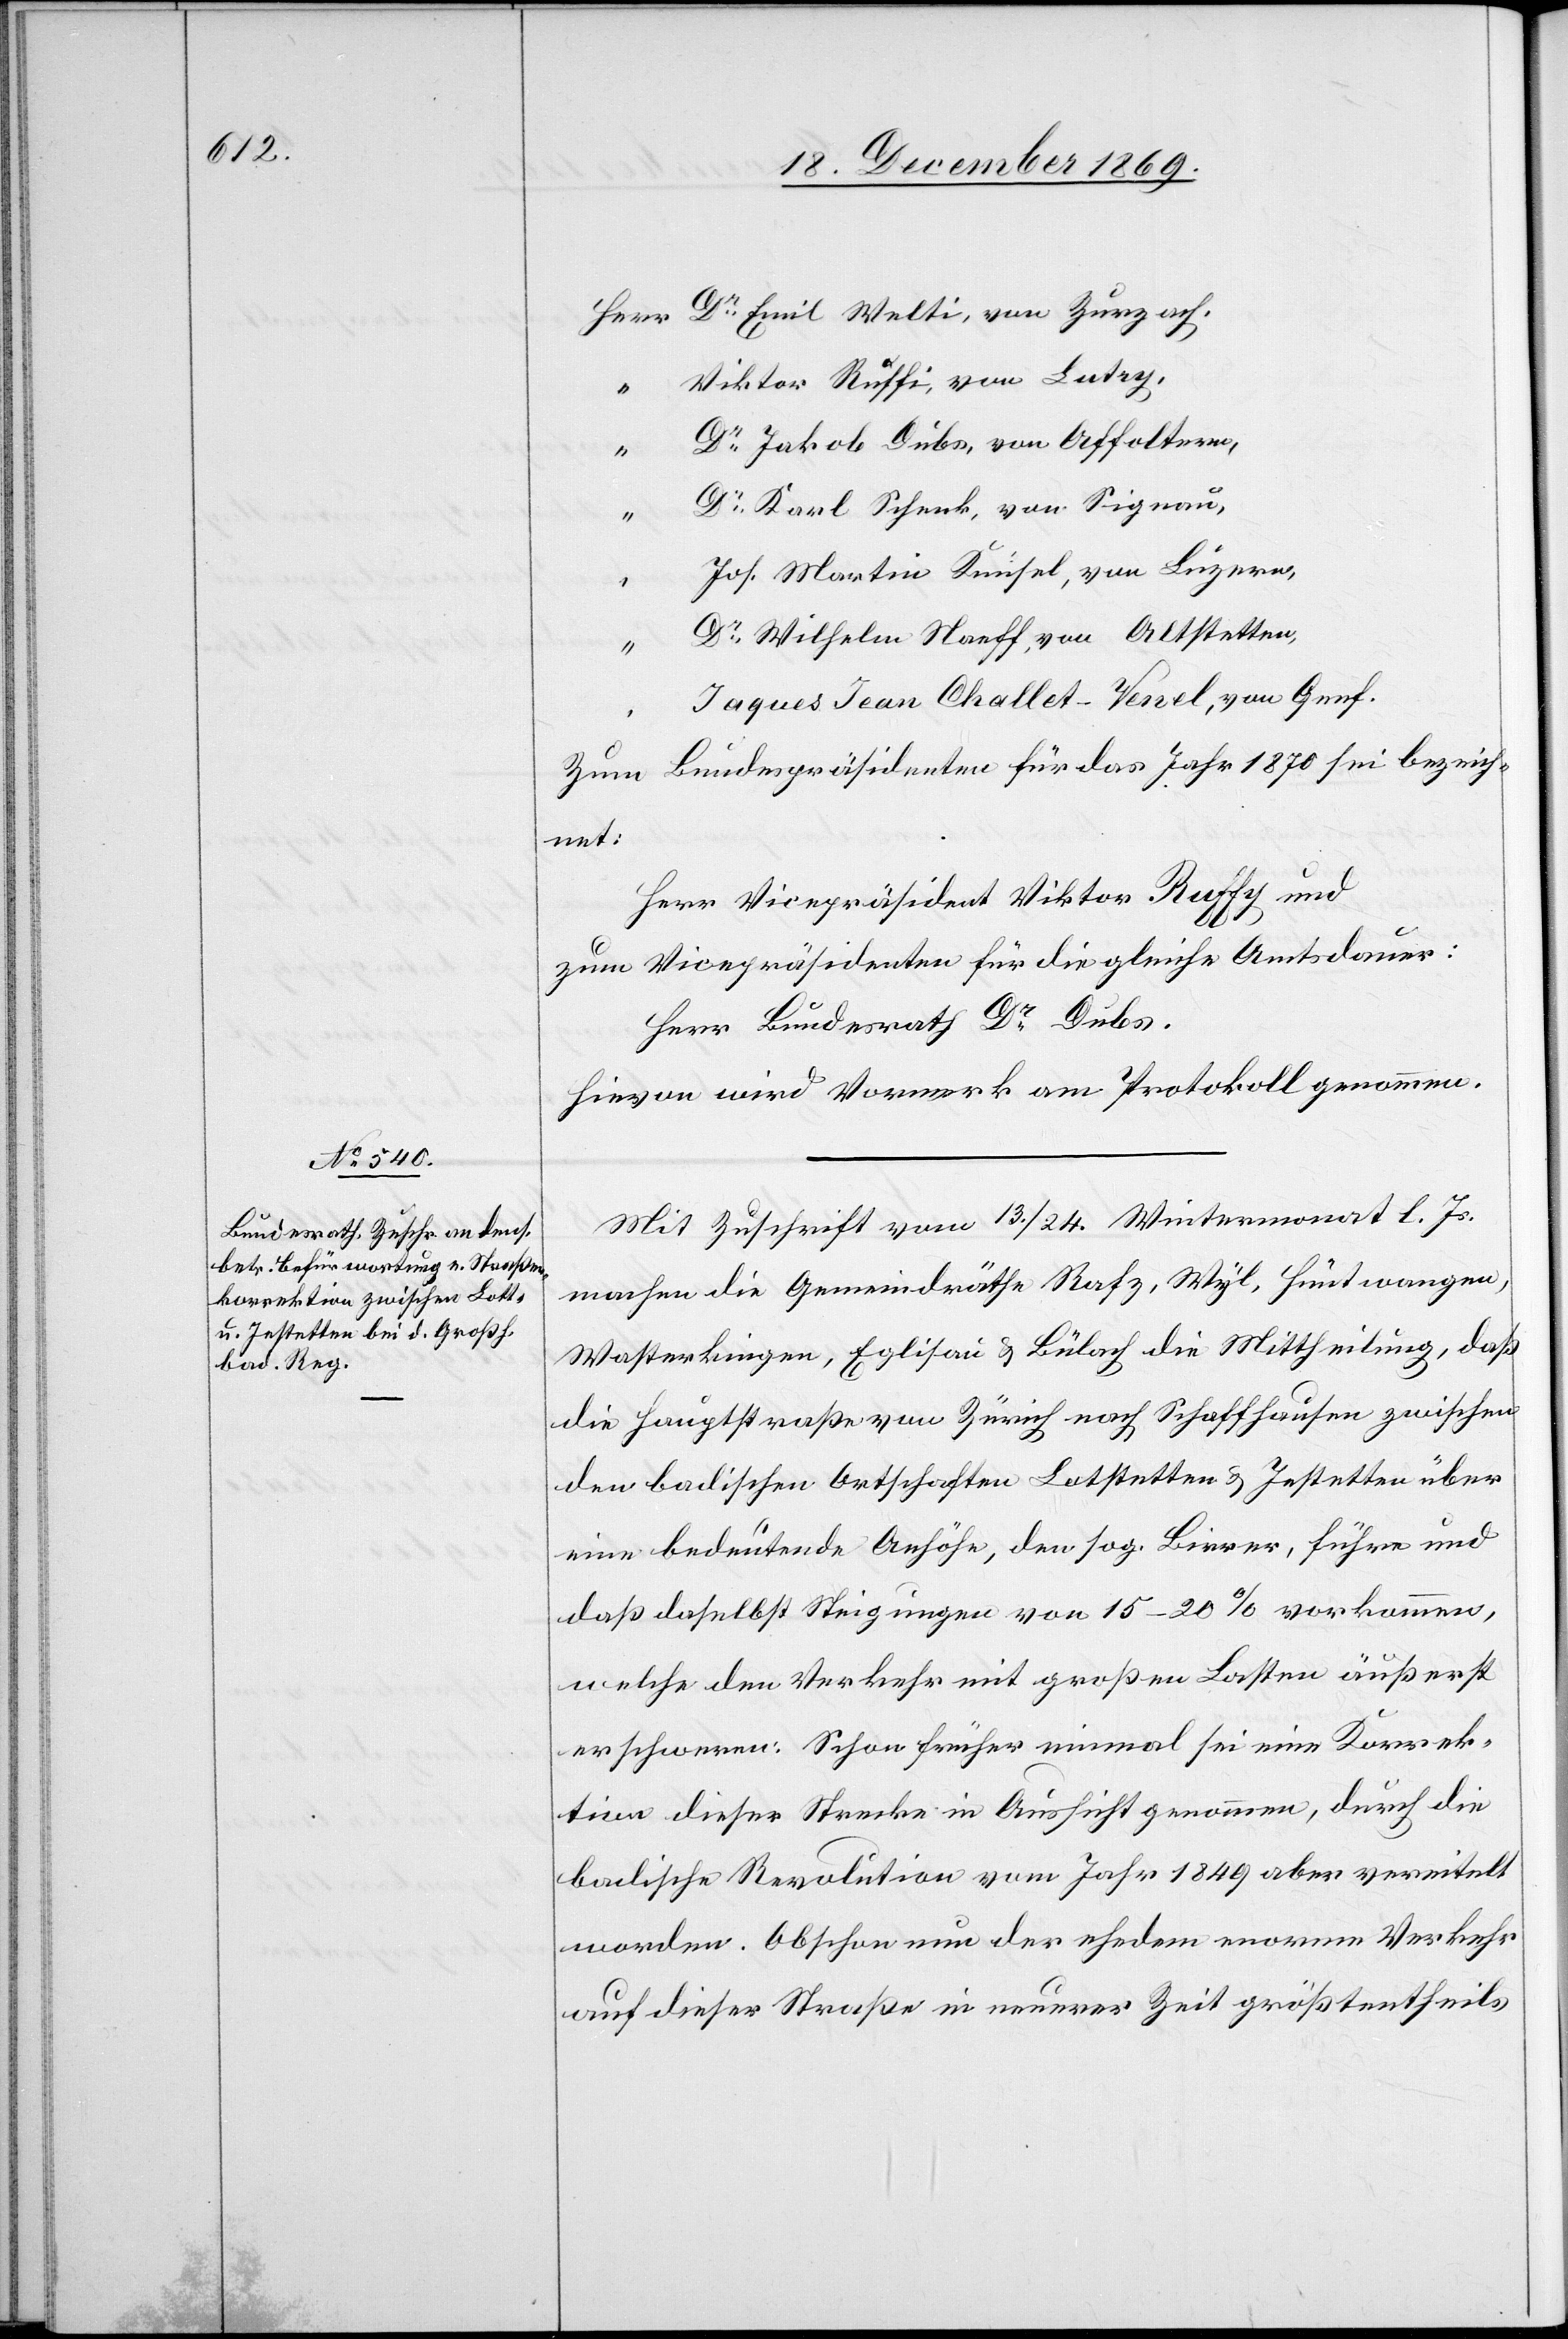
Herr Dr Emil Welti, von Zurzach,
“ Viktor Ruffi, von Lutry,
Dr Jakob Dubs, von Affoltern,
“
Dr Karl Schenk, von Signau,
“
Jos. Martin Knüsel, von Luzern,
Dr Wilhelm Naeff, von Altstetten,
Jaques Jean Challet-Venel, von Genf.
Zum Bundespräsidenten für das Jahr 1870 sei bezeich¬
net:
Herr Vicepräsident Viktor Ruffy [sic!] und
zum Vicepräsidenten für die gleiche Amtsdauer:
Herr Bundesrath Dr Dubs.
Hievon wird Vormerk am Protokoll genommen.
Mit Zuschrift vom 13./24. Wintermonat l. Js.
machen die Gemeindräthe Rafz, Wyl, Hüntwangen,
Wasterkingen, Eglisau & Bülach die Mittheilung, daß
die Hauptstraße von Zürich nach Schaffhausen zwischen
den badischen Ortschaften Lotstetten & Jestetten über
eine bedeutende Anhöhe, den sog. Birrer, führe und
daß daselbst Steigungen von 15–20% vorkommen,
welche den Verkehr mit großen Lasten äußerst
erschweren. Schon früher einmal sei eine Korrek¬
tion dieser Strecke in Aussicht genommen, durch die
badische Revolution vom Jahr 1849 aber vereitelt
worden. Obschon nun der ehedem enorme Verkehr
auf dieser Straße in neuerer Zeit größtentheils